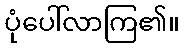
ပုံပေါ်လာကြ၏။